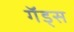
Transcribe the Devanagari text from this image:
गॅड्स